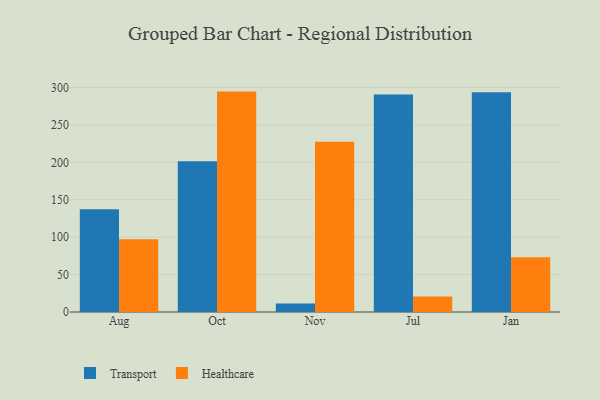
{"axis": {"x": "Month", "y": "Shipments"}, "legend": ["Healthcare", "Transport"], "data": [{"x": "Aug", "y": 137.5, "type": "Transport"}, {"x": "Aug", "y": 97.4, "type": "Healthcare"}, {"x": "Oct", "y": 201.6, "type": "Transport"}, {"x": "Oct", "y": 294.7, "type": "Healthcare"}, {"x": "Nov", "y": 11.2, "type": "Transport"}, {"x": "Nov", "y": 227.8, "type": "Healthcare"}, {"x": "Jul", "y": 290.8, "type": "Transport"}, {"x": "Jul", "y": 20.7, "type": "Healthcare"}, {"x": "Jan", "y": 293.8, "type": "Transport"}, {"x": "Jan", "y": 73.3, "type": "Healthcare"}]}